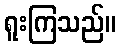
ရူးကြသည်။